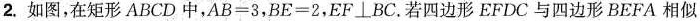
如图，在矩形ABCD中，$$A B = 3$$，$$B E = 2$$，EF⊥BC。若四边形EFDC与四边形BEFA相似